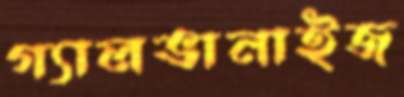
গ্যালভানাইজ